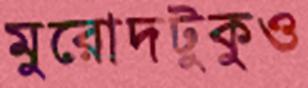
মুরোদটুকুও